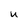
Character: U